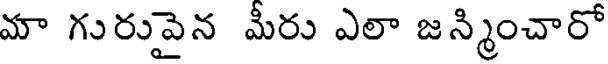
మా గురువైన మీరు ఎలా జన్మించారో